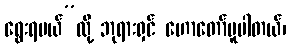
ရွေးရမယ်”လို့ ဘုရားရှင် ဟောတော်မူပါတယ်၊